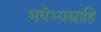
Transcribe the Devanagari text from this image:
भयैभ्यस्त्राहि